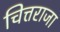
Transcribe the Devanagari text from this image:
चित्तराजा